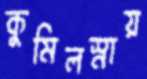
কুমিলস্নায়